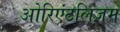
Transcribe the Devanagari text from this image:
ओरिएंटलिज़म